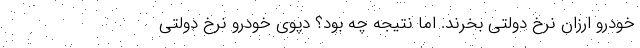
خودرو ارزان نرخ دولتی بخرند. اما نتیجه چه بود؟ دپوی خودرو نرخ دولتی